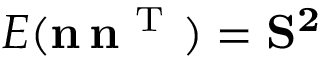
E ( \mathbf { n } \, \mathbf { n } ^ { \mathrm { ~ T ~ } } ) = \mathbf { S ^ { 2 } }